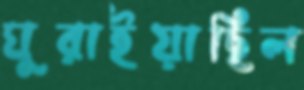
ঘুরাইয়াছিল